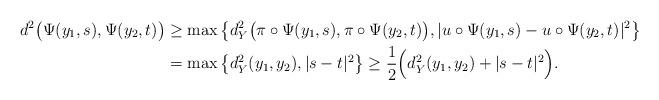
LaTeX: \begin{align*}d^2 \big( \Psi(y_1,s),\Psi(y_2,t) \big) &\ge \max\big\{ d_Y^2 \big( \pi \circ \Psi(y_1,s),\pi \circ \Psi(y_2,t) \big), |u \circ \Psi(y_1,s) -u \circ \Psi(y_2,t)|^2 \big\} \\ &= \max\big\{ d_Y^2(y_1,y_2),|s-t|^2 \big\} \ge \frac{1}{2} \Big( d_Y^2(y_1,y_2) +|s-t|^2 \Big).\end{align*}